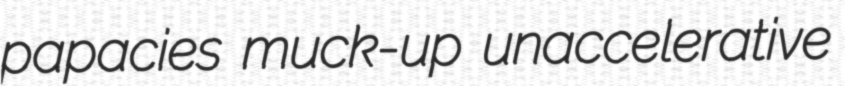
papacies muck-up unaccelerative